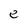
Character: e